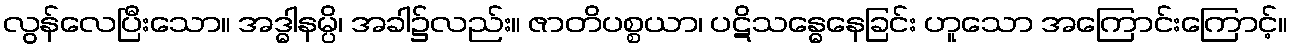
လွန်လေပြီးသော။ အဒ္ဓါနမ္ပိ၊ အခါ၌လည်း။ ဇာတိပစ္စယာ၊ ပဋိသန္ဓေနေခြင်း ဟူသော အကြောင်းကြောင့်။